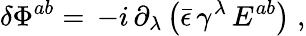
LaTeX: \delta\Phi^{ab}=\, -i\, \partial_{\lambda}\left(\bar{\epsilon}\, \gamma^{\lambda}\, E^{ab}\right)\; ,